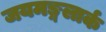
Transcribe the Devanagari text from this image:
जयमङ्गलार्क